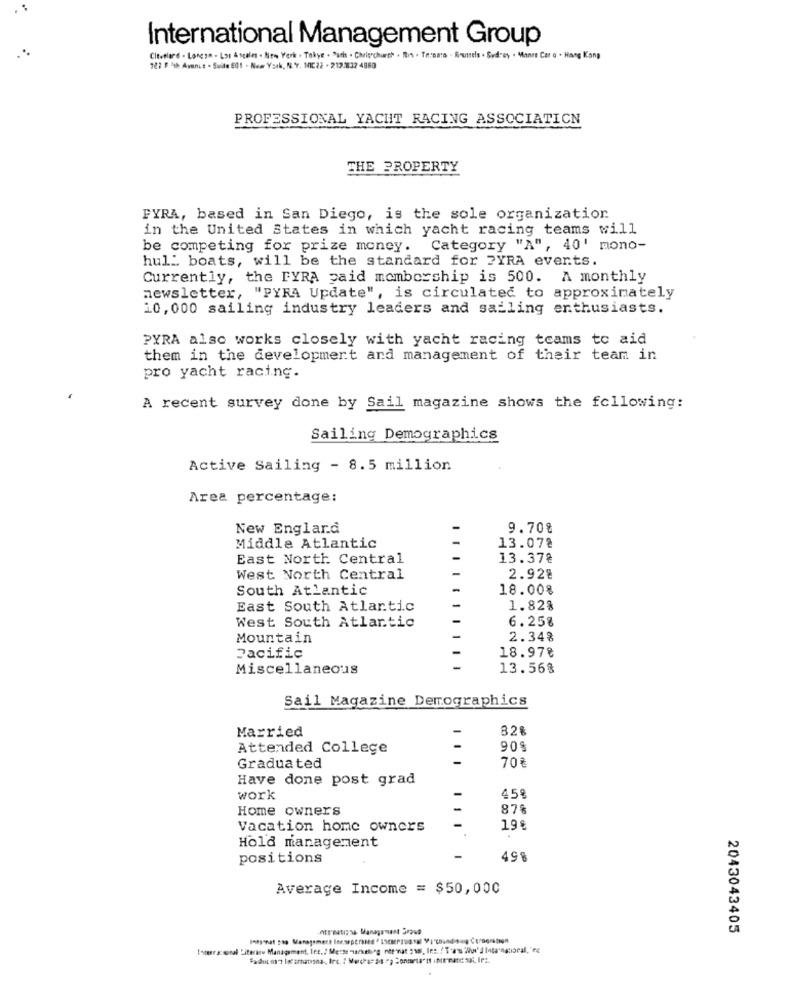
International Management Group
Citetlard - Longyn - Los Angeles . New York . Takye . "ath . Christchurch . Ils . Ternas . Brunels . Budey . Mane Cer o . Hang Kong
727 FTth Avenue - Suite 601 . New York, N.Y. MIC22 - 212:832 4960
PROFESSIONAL YACHT RACING ASSOCIATICN
THE PROPERTY
FYRA, based in San Diego, is the sole organization
in the United States in which yacht racing teams will
be competing for prize money. Category "A", 40' mono-
hul_ boats, will be the standard for PYRA events.
Currently, the FYRA paid membership is 500. A monthly
newsletter, "PYRA Update", is circulated to approximately
10, 000 sailing industry leaders and sailing enthusiasts.
PYRA also works closely with yacht racing teams to aid
them in the development and management of their team in
pro yacht racing.
A recent survey done by Sail magazine shows the following:
Sailing Demographics
Active Sailing - 8.5 million
Area percentage:
New England
9.70%
Middle Atlantic
13.078
East North Central
13.37₴
West North Central
2.928
South Atlantic
18.00%
East South Atlantic
1.82%
6.25%
West South Atlantic
Mountain
2.34%
Pacific
18.97€
Miscellaneous
13.56%
Sail Magazine Demographics
Married
82%
Attended College
90$
-
700
Graduated
Have done post grad
work
-
459
Home owners
87%
Vacation home owners
19 %
Hold management
positions
498
Average Income = $50,000
2043043405